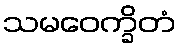
သမဝေက္ခိတံ